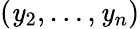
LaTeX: (\mathit{y}_{2},\dots,\mathit{y}_{n})